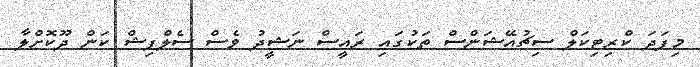
މިފަދަ ކްރިޓިކަލް ސިޗުއޭޝަންސް ތަކުގައި ރައީސް ނަޝީދު ވެސް ސެލްފިޝް ކަން ދޫކޮށްލާ